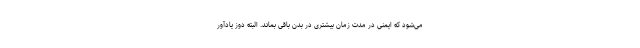
می‌شود که ایمنی در مدت زمان بیشتری در بدن باقی بماند. البته دوز یادآور